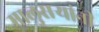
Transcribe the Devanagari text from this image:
मालुसर्‍यांनी